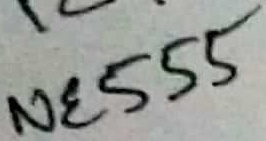
Text: NE555